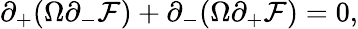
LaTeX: \partial_{+}(\Omega\partial_{-}\mathcal{F})+\partial_{-}(\Omega\partial_{+}\mathcal{F})=0,